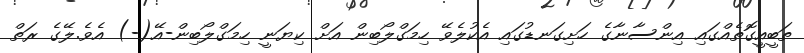
ތަބީއީގޮތެއްގައި އިންސާނާގެ ހަށިގަނޑުގައި އެކުލެވޭ ހިމަގްލޯބިން އަށް ކިޔަނީ ހިމަގްލޯބިން-އޭ(-) އެވެ.ލޭގެ ރަތް